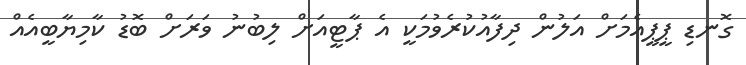
ގޮނޑި ޕީޕީއެމަށް އަލުން ދިފާއުކުރެވުމަކީ އެ ޕާޓީއަށް ލިބުނު ވަރަށް ބޮޑު ކާމިޔާބީއެއް